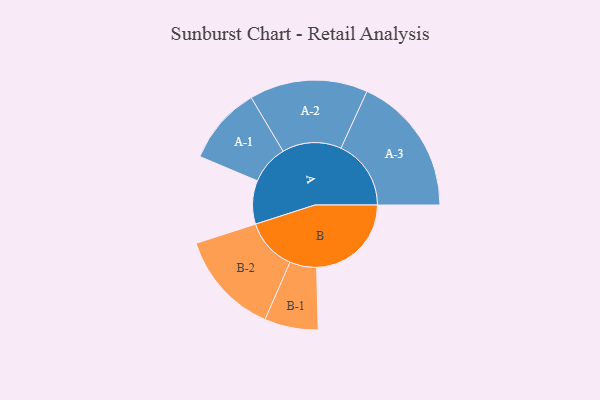
{"axis": {"x": "Segment", "y": "Value"}, "legend": ["", "A", "B"], "data": [{"x": "A", "y": 164, "type": ""}, {"x": "B", "y": 357, "type": ""}, {"x": "A-1", "y": 147, "type": "A"}, {"x": "A-2", "y": 223, "type": "A"}, {"x": "A-3", "y": 264, "type": "A"}, {"x": "B-1", "y": 101, "type": "B"}, {"x": "B-2", "y": 196, "type": "B"}]}